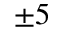
\pm 5